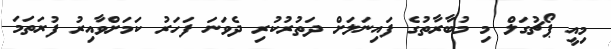
މިއީ ޕޯޗުގަލް މި މުބާރާތުގެ ފައިނަލަށް ދަތުރުކުރި ދެވަނަ ފަހަރު ކަމަށްވާއިރު ފުރަތަމަ